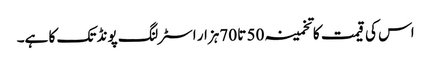
اس کی قیمت کا تخمینہ 50 تا 70ہزار اسٹرلنگ پونڈ تک کا ہے۔